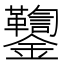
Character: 𨰌